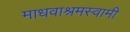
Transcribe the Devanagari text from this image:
माधवाश्रमस्वामी